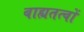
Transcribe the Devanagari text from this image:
बाह्यतत्वों